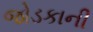
જોડકાની